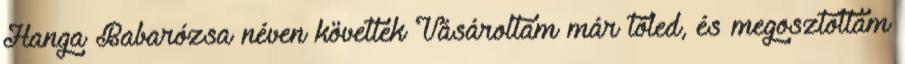
Hanga Babarózsa néven követlek Vásároltam már tőled, és megosztottam